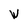
Character: W